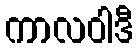
ကာလဝါဒီ